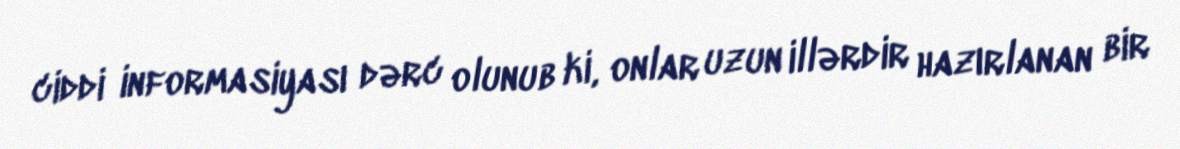
ciddi informasiyası dərc olunub ki, onlar uzun illərdir hazırlanan bir